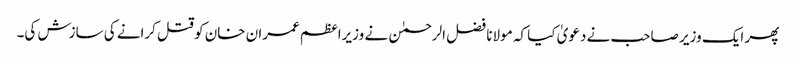
پھر ایک وزیر صاحب نے دعویٰ کیا کہ مولانا فضل الرحمٰن نے وزیراعظم عمران خان کو قتل کرانے کی سازش کی۔